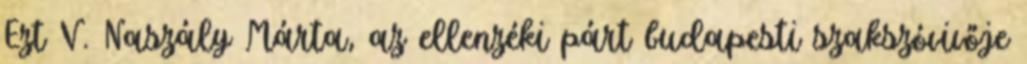
Ezt V. Naszály Márta, az ellenzéki párt budapesti szakszóvivője